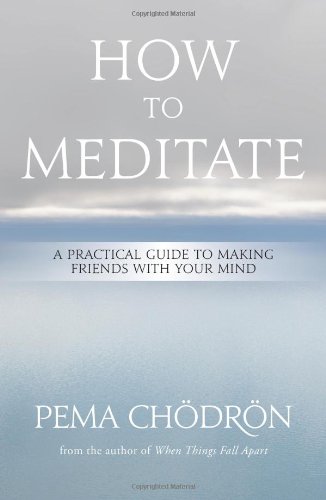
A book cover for How to Meditate: A Practical Guide to Making Friends with Your Mind; Pema ChÃ¶drÃ¶n; Health, Fitness & Dieting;